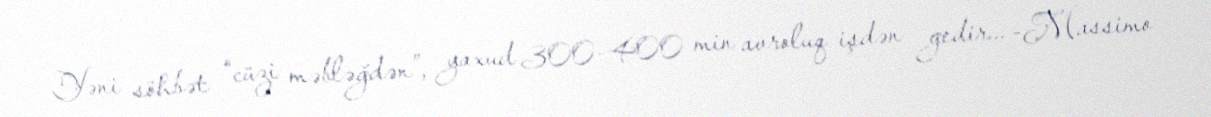
Yəni söhbət “cüzi məbləğdən”, yaxud 300-400 min avroluq işdən gedir... -Massimo